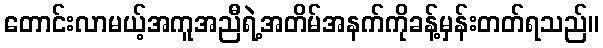
တောင်းလာမယ့်အကူအညီရဲ့အတိမ်အနက်ကိုခန့်မှန်းတတ်ရသည်။